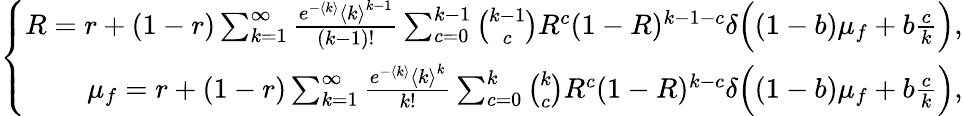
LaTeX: \left\{ \begin{array}{r}{R=r+(1-r)\sum_{k=1}^{\infty}\frac{e^{-\langle k\rangle}{\langle k\rangle}^{k-1}}{(k-1)!}\sum_{c=0}^{k-1}\binom{k-1}{c}R^{c}(1-R)^{k-1-c}\delta\Big((1-b)\mu_{f}+b\frac{c}{k}\Big),}\\ {\mu_{f}=r+(1-r)\sum_{k=1}^{\infty}\frac{e^{-\langle k\rangle}{\langle k\rangle}^{k}}{k!}\sum_{c=0}^{k}\binom{k}{c}R^{c}(1-R)^{k-c}\delta\Big((1-b)\mu_{f}+b\frac{c}{k}\Big),}\end{array}\right.